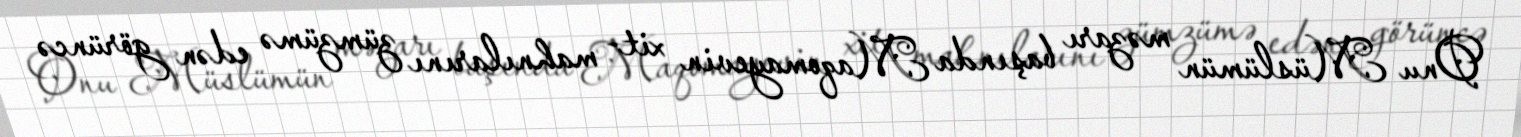
Onu Müslümün məzarı başında Maqomayevin xit- mahnılarını zümzümə edən görüncə